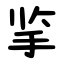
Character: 㧛